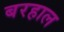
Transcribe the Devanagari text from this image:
बरहाल